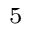
^ { 5 }